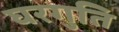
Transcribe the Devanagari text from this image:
घरगुति